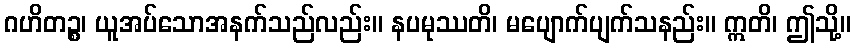
ဂဟိတဉ္စ၊ ယူအပ်သောအနက်သည်လည်း။ နပမုဿတိ၊ မပျောက်ပျက်သနည်း။ ဣတိ၊ ဤသို့။